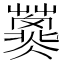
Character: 𱾲